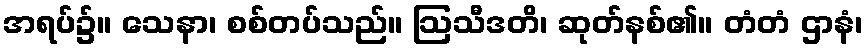
အရပ်၌။ သေနာ၊ စစ်တပ်သည်။ ဩသီဒတိ၊ ဆုတ်နစ်၏။ တံတံ ဌာနံ၊